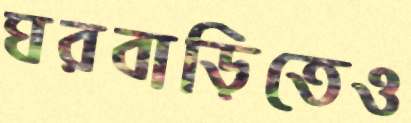
ঘরবাড়িতেও